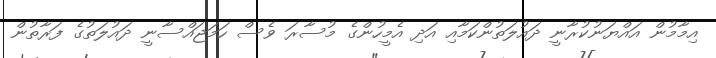
އިމާމުން އައްޔަނުކުރާނީ ދައުލަތުންކަމާއި އަދި އެމީހުންގެ މުސާރަ ވެސް ހަމަޖައްސާނީ ދައުލަތުގެ ފަރާތުން